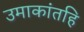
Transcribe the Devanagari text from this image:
उमाकांतहि